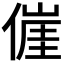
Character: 𬿕